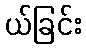
ယ်ခြင်း